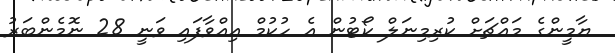
ޔާމީންގެ މައްޗަށް ކުރިމިނަލް ކޯޓުން އެ ހުކުމް އިއްވާފައި ވަނީ 28 ނޮމެންބަރު